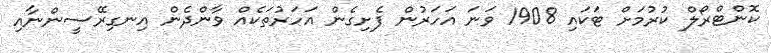
ކޮންޓްރޯލް ކުރުމަށް ޓަކައި 1908 ވަނަ އަހަރުން ފެށިގެން އަހަރުތަކެއް ވާންދެން އިނގިރޭސީންނާއި